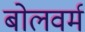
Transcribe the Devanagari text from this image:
बोलवर्म